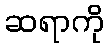
ဆရာကို